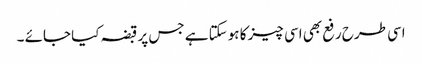
اسی طرح رفع بھی اسی چیز کا ہوسکتا ہے جس پر قبضہ کیا جائے ۔